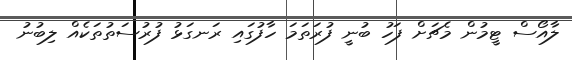
ލާއޯސް ޓީމުން މެޗަށް ފަހު ބުނީ ފުރަތަމަ ހާފުގައި ރަނގަޅު ފުރުސަތުތަކެއް ލިބުނު